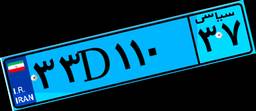
۳۳D۱۱۰۳۷